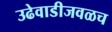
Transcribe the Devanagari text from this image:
उढेवाडीजवळच